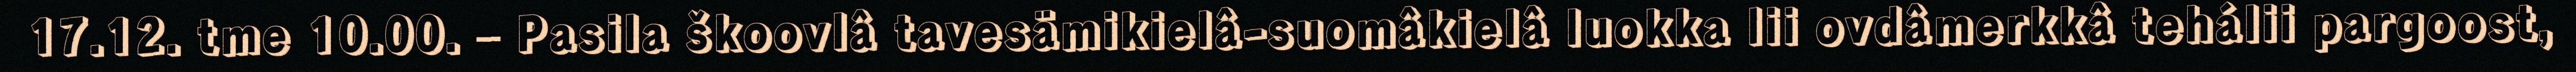
17.12. tme 10.00. – Pasila škoovlâ tavesämikielâ-suomâkielâ luokka lii ovdâmerkkâ tehálii pargoost,